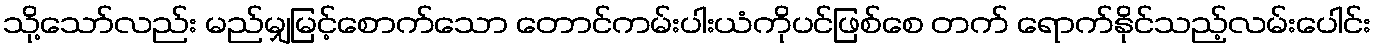
သို့သော်လည်း မည်မျှမြင့်စောက်သော တောင်ကမ်းပါးယံကိုပင်ဖြစ်စေ တက် ရောက်နိုင်သည့်လမ်းပေါင်း